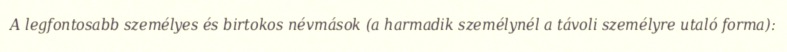
A legfontosabb személyes és birtokos névmások (a harmadik személynél a távoli személyre utaló forma):